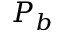
P _ { b }